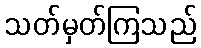
သတ်မှတ်ကြသည်